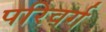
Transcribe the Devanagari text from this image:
परिवर्ग